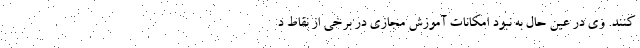
کنند. وی در عین حال به نبود امکانات آموزش مجازی در برخی از نقاط د